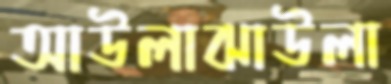
আউলাঝাউলা